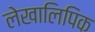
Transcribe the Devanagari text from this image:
लेखालिपिक